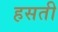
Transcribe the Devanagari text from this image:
हसती